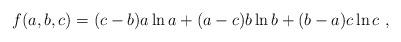
LaTeX: \begin{align*}f(a,b,c)=(c-b)a\ln a+(a-c)b\ln b +(b-a)c\ln c~,\end{align*}